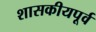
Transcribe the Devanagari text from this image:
शासकीयपूर्व